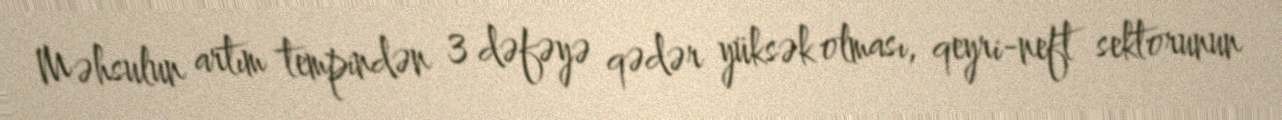
Məhsulun artım tempindən 3 dəfəyə qədər yüksək olması, qeyri-neft sektorunun